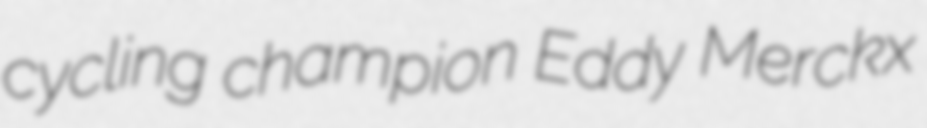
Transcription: cycling champion Eddy Merckx